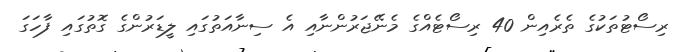
ރިސޯޓުތަކުގެ ތެރެއިން 40 ރިސޯޓެއްގެ މެނޭޖަރުންނާއި އެ ސިނާއަތުގައި ލީޑަރުންގެ ގޮތުގައި ފާހަގަ